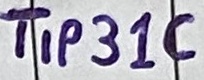
Text: TIP31C